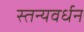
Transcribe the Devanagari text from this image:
स्तन्यवर्धन